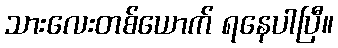
သားလေးတစ်ယောက် ရနေပါပြီ။